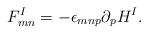
LaTeX: \begin{align*}F_{mn}^{I}=-\epsilon_{mnp}\partial_{p}H^{I}.\end{align*}